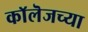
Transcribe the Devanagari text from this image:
काॅलॆजच्या